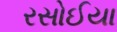
રસોઈયા